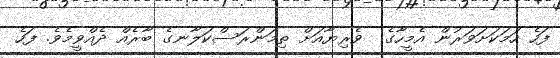
ފަހެ ހަމަކަށަވަރުން އެމީހާގެ  ވެރިޔާއަށް ތިމަންރަސްކަލާނގެ ބާރެއް ދެއްވީމެވެ. ފަހެ